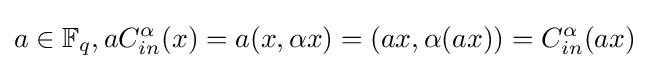
a\in \mathbb {F} _{q},aC_{in}^{\alpha }(x)=a(x,\alpha x)=(ax,\alpha (ax))=C_{in}^{\alpha }(ax)